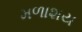
મળાશય